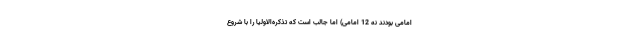
امامی بودند نه 12 امامی) اما جالب است که تذکره‌الاولیا را با شروع